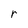
Character: r